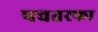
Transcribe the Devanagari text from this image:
पचतरफा